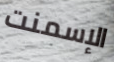
الإسمنت